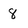
Character: 8